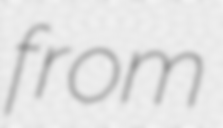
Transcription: from